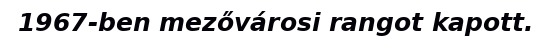
1967-ben mezővárosi rangot kapott.